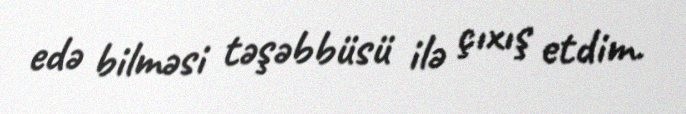
edə bilməsi təşəbbüsü ilə çıxış etdim.